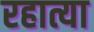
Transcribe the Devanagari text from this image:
रहात्या